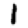
Digit: 1